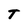
Character: T